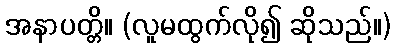
အနာပတ္တိ။ (လူမထွက်လို၍ ဆိုသည်။)